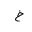
Letter: _kha